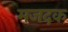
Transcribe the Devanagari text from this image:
मजदक